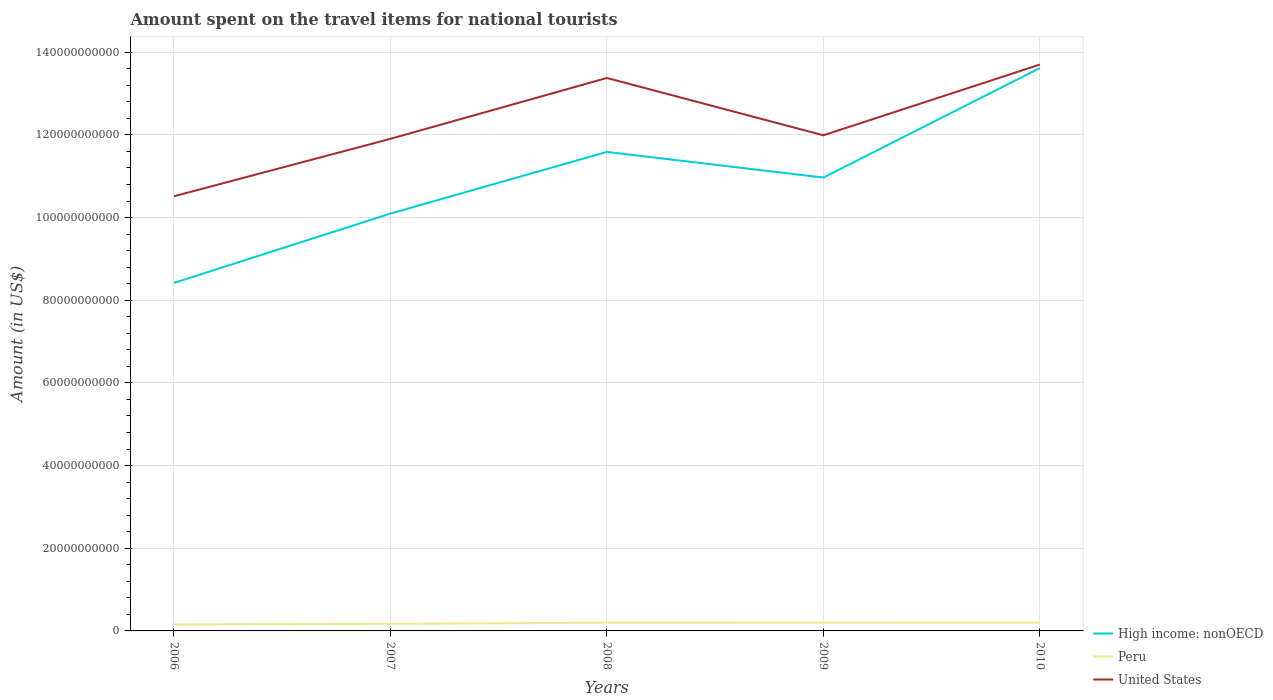
| Years | High income: nonOECD | Peru | United States |
 | --- | --- | --- | --- |
 | 2006 | 8.42e+10 | 1.57e+09 | 1.05e+11 |
 | 2007 | 1.01e+11 | 1.72e+09 | 1.19e+11 |
 | 2008 | 1.16e+11 | 1.99e+09 | 1.34e+11 |
 | 2009 | 1.1e+11 | 2.01e+09 | 1.2e+11 |
 | 2010 | 1.36e+11 | 2.01e+09 | 1.37e+11 |